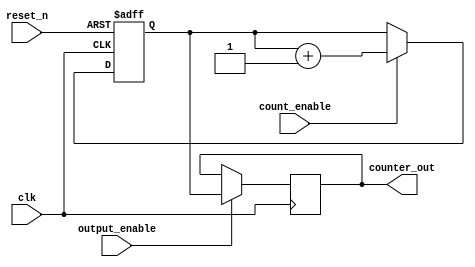
module synchronous_counter (
    input wire clk,                // Clock input
    input wire reset_n,            // Active low reset input
    input wire count_enable,       // Count enable input
    input wire output_enable,       // Output enable input
    output reg [COUNTER_WIDTH-1:0] counter_out // Counter output
);

parameter COUNTER_WIDTH = 4;      // Define the width of the counter

// Internal counter register
reg [COUNTER_WIDTH-1:0] counter_reg;

// Asynchronous reset and counting logic
always @(posedge clk or negedge reset_n) begin
    if (!reset_n) begin
        // Reset the counter to zero
        counter_reg <= 0;
    end else if (count_enable) begin
        // Increment the counter
        counter_reg <= counter_reg + 1;
    end
end

// Output control logic
always @(posedge clk) begin
    if (output_enable) begin
        // If output enable is asserted, update the output
        counter_out <= counter_reg;
    end else begin
        // If output enable is not asserted, hold the last value
        // Alternatively, you can set it to a default value if needed
        // counter_out <= 0; // Uncomment this line to set to zero
    end
end

endmodule